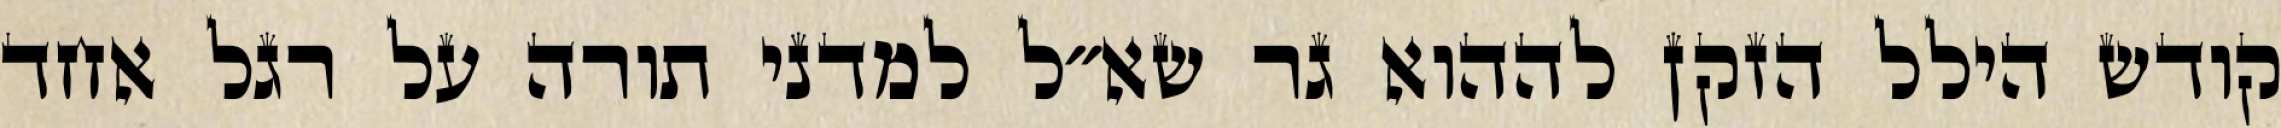
קודש הילל הזקן לההוא גר שא״ל למדני תורה על רגל אחד